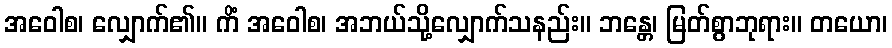
အဝေါစ၊ လျှောက်၏။ ကိံ အဝေါစ၊ အဘယ်သို့လျှောက်သနည်း။ ဘန္တေ၊ မြတ်စွာဘုရား။ တယော၊